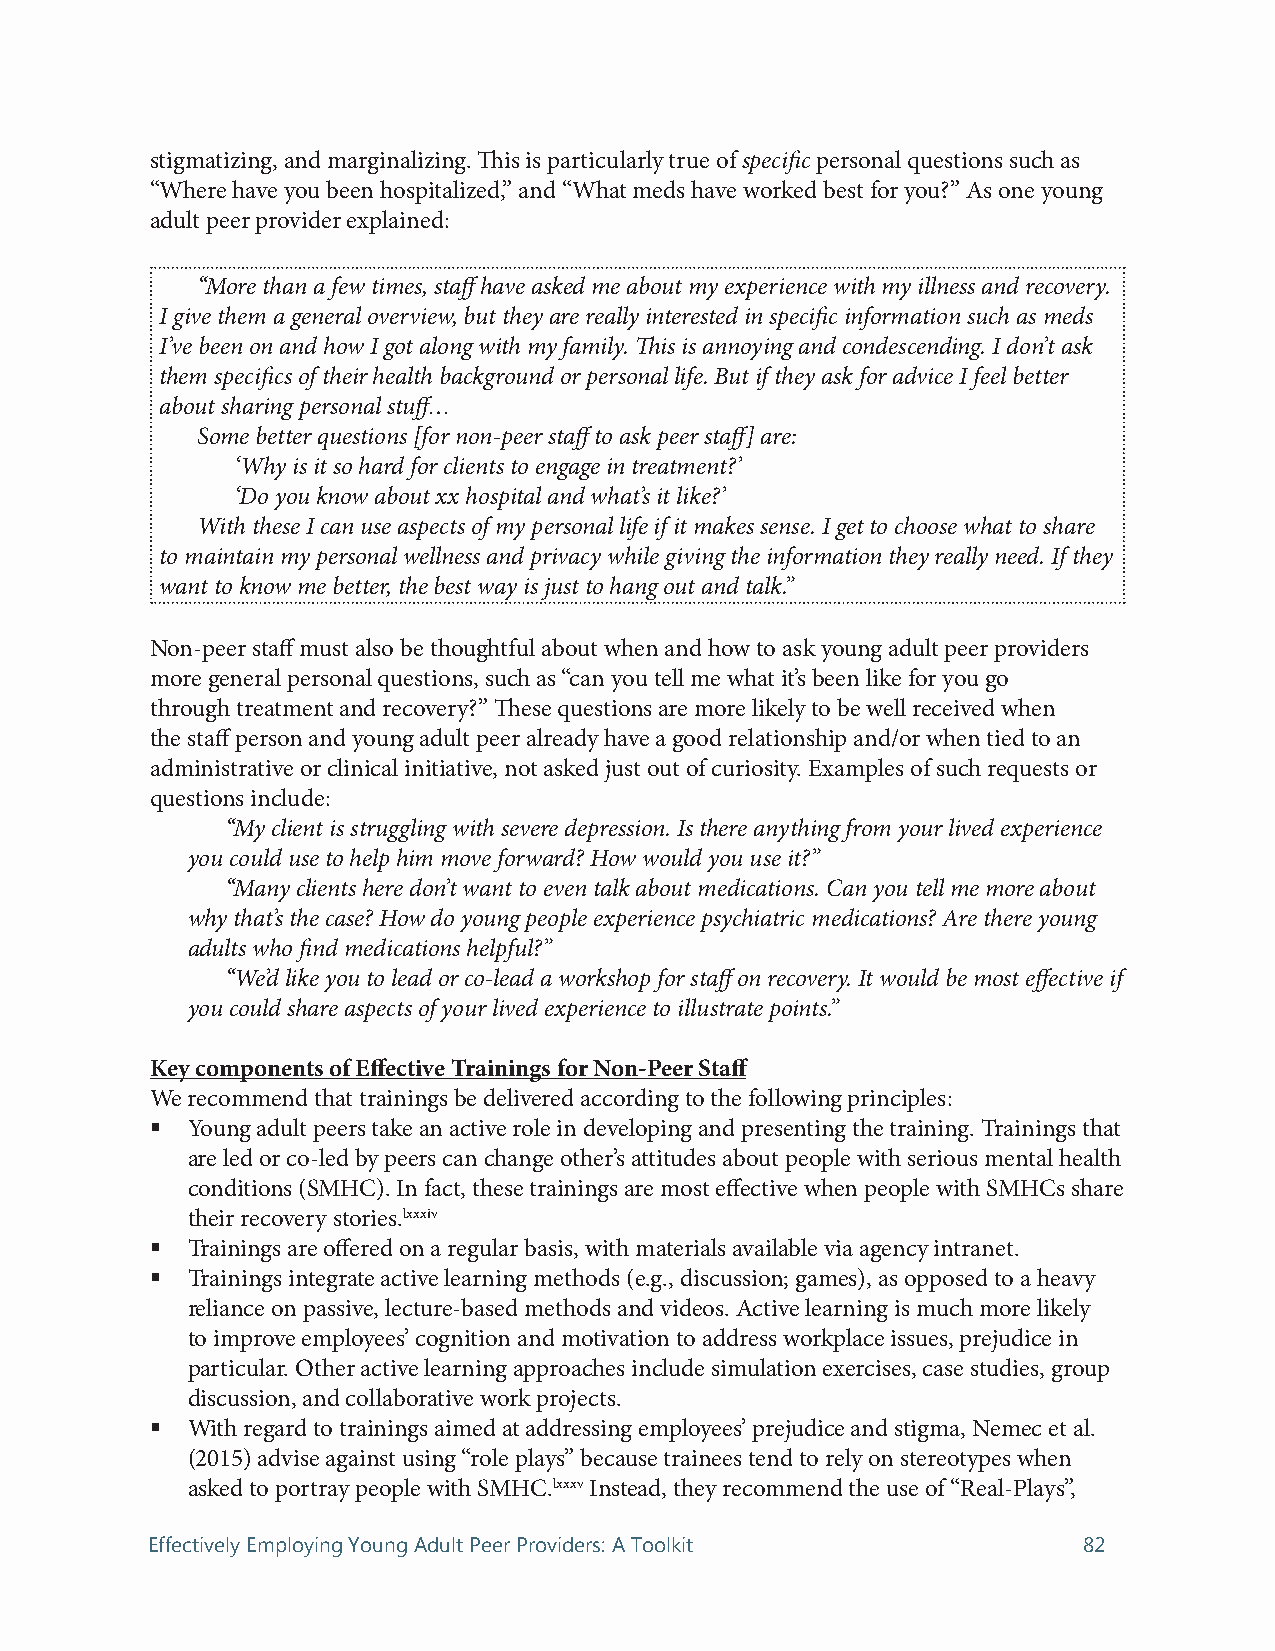
stigmatizing, and marginalizing. This is particularly true of specific personal questions such as
 “Where have you been hospitalized,” and “What meds have worked best for you?” As one young
 adult peer provider explained:
 “More than a few times, staff have asked me about my experience with my illness and recovery.
 I give them a general overview, but they are really interested in specific information such as meds
 I’ve been on and how I got along with my family. This is annoying and condescending. I don’t ask
 them specifics of their health background or personal life. But if they ask for advice I feel better
 about sharing personal stuff…
 Some better questions [for non-peer staff to ask peer staff] are:
 ‘Why is it so hard for clients to engage in treatment?’
 ‘Do you know about xx hospital and what’s it like?’
 With these I can use aspects of my personal life if it makes sense. I get to choose what to share
 to maintain my personal wellness and privacy while giving the information they really need. If they
 want to know me better, the best way is just to hang out and talk.”
 Non-peer staff must also be thoughtful about when and how to ask young adult peer providers
 more general personal questions, such as “can you tell me what it’s been like for you go
 through treatment and recovery?” These questions are more likely to be well received when
 the staff person and young adult peer already have a good relationship and/or when tied to an
 administrative or clinical initiative, not asked just out of curiosity. Examples of such requests or
 questions include:
 “My client is struggling with severe depression. Is there anything from your lived experience
 you could use to help him move forward? How would you use it?”
 “Many clients here don’t want to even talk about medications. Can you tell me more about
 why that’s the case? How do young people experience psychiatric medications? Are there young
 adults who find medications helpful?”
 “We’d like you to lead or co-lead a workshop for staff on recovery. It would be most effective if
 you could share aspects of your lived experience to illustrate points.”
 Key components of Effective Trainings for Non-Peer Staff
 We recommend that trainings be delivered according to the following principles:
  Young adult peers take an active role in developing and presenting the training. Trainings that
 are led or co-led by peers can change other’s attitudes about people with serious mental health
 conditions (SMHC). In fact, these trainings are most effective when people with SMHCs share
 their recovery stories.lxxxiv
  Trainings are offered on a regular basis, with materials available via agency intranet.
  Trainings integrate active learning methods (e.g., discussion; games), as opposed to a heavy
 reliance on passive, lecture-based methods and videos. Active learning is much more likely
 to improve employees’ cognition and motivation to address workplace issues, prejudice in
 particular. Other active learning approaches include simulation exercises, case studies, group
 discussion, and collaborative work projects.
  With regard to trainings aimed at addressing employees’ prejudice and stigma, Nemec et al.
 (2015) advise against using “role plays” because trainees tend to rely on stereotypes when
 asked to portray people with SMHC.lxxxv Instead, they recommend the use of “Real-Plays”,
 Effectively Employing Young Adult Peer Providers: A Toolkit   82